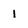
Character: 1